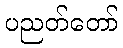
ပညတ်တော်